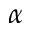
\alpha